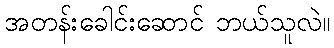
အတန်းခေါင်းဆောင် ဘယ်သူလဲ။